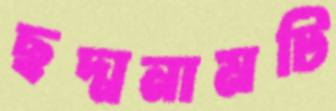
ছদ্মনামটি